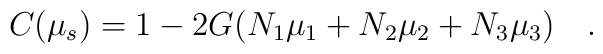
C(\mu_s)=1-2G(N_1\mu_1+N_2\mu_2+N_3\mu_3)~~~.